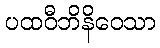
ပထဝီဘိနိဝေသာ